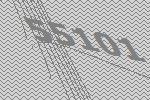
55101